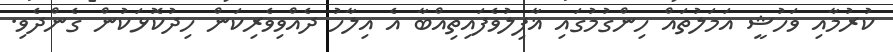
ކުރުމާއި ވަހުޝީ އަމަލުތައް ހިންގުމުގައި ޣާފިލުވެފައިތިއްބާ އެ އިލާހު ދެއްވިވެރިކަން ހިދުކޮޅަކުން ގެންދެވި.